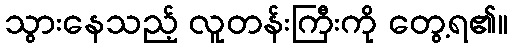
သွားနေသည့် လူတန်းကြီးကို တွေ့ရ၏။